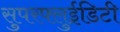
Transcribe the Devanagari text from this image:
सुपरफ्लुईडिटी